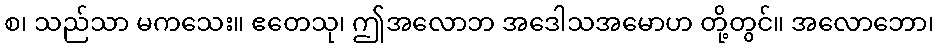
စ၊ သည်သာ မကသေး။ ဧတေသု၊ ဤအလောဘ အဒေါသအမောဟ တို့တွင်။ အလောဘော၊